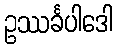
ဥဿင်္ခပါဒေါ